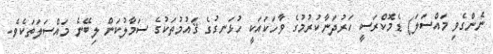
ނެންގެވި މައްސަލަ) ޑެމޮކްރަސީ ހަރުދަނާކުރުމުގެ ވާހަކައަކީ ހުޅަނގުގެ ޤައުމުތަކުގެ ސަމާލުކަން ލިބޭނެ މައްސަލަތަކެވެ.